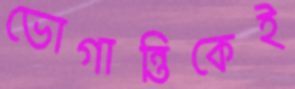
ভোগান্তিকেই